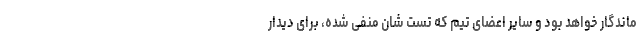
ماندگار خواهد بود و سایر اعضای تیم که تست شان منفی شده، برای دیدار